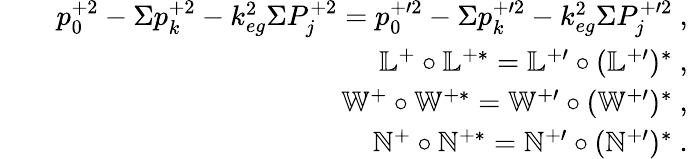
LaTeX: \begin{array}{rlr}&{}&{p_{0}^{+2}-\Sigma p_{k}^{+2}-k_{eg}^{2}\Sigma P_{j}^{+2}=p_{0}^{+\prime 2}-\Sigma p_{k}^{+\prime 2}-k_{eg}^{2}\Sigma P_{j}^{+\prime 2}~,}\\ &{}&{\mathbb{L}^{+}\circ\mathbb{L}^{+\ast}=\mathbb{L}^{+\prime}\circ(\mathbb{L}^{+\prime})^{\ast}~,}\\ &{}&{\mathbb{W}^{+}\circ\mathbb{W}^{+\ast}=\mathbb{W}^{+\prime}\circ(\mathbb{W}^{+\prime})^{\ast}~,}\\ &{}&{\mathbb{N}^{+}\circ\mathbb{N}^{+\ast}=\mathbb{N}^{+\prime}\circ(\mathbb{N}^{+\prime})^{\ast}~.}\end{array}